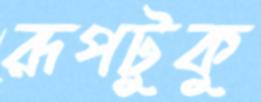
রূপটুকু